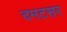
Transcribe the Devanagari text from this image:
दमटसर